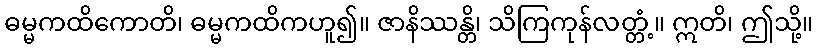
ဓမ္မကထိကောတိ၊ ဓမ္မကထိကဟူ၍။ ဇာနိဿန္တိ၊ သိကြကုန်လတ္တံ့။ ဣတိ၊ ဤသို့။